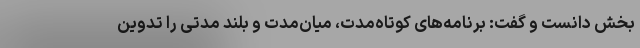
بخش دانست و گفت: برنامه‌های کوتاه‌مدت، میان‌مدت و بلند مدتی را تدوین